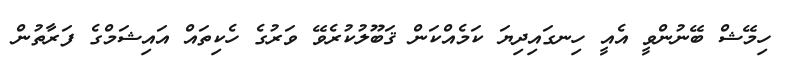
ހިމޭޝް ބޭނުންވީ އެއީ ހިނގައިދިޔަ ކަމެއްކަން ޤަބޫލުކުރެވޭ ވަރުގެ ހެކިތައް އައިޝަމްގެ ފަރާތުން